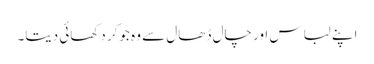
اپنے لباس اور چال ڈھال سے وہ جوکر دکھائی دیتا۔